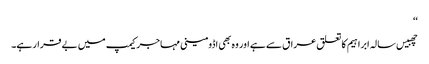
‘‘
چھبیس سالہ ابراہیم کا تعلق عراق سے ہے اور وہ بھی اڈومینی مہاجر کیمپ میں بے قرار ہے۔